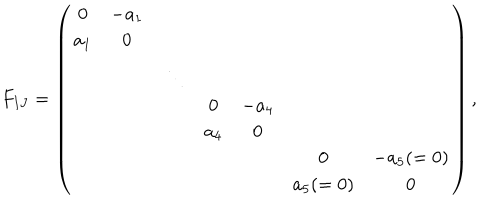
F _ { I J } = \left( \begin{array} { c c c c c c c } { { 0 } } & { { - a _ { 1 } } } & { { } } & { { } } & { { } } & { { } } & { { } } \\ { { a _ { 1 } } } & { { 0 } } & { { } } & { { } } & { { } } & { { } } & { { } } \\ { { } } & { { } } & { { \ddots } } & { { } } & { { } } & { { } } & { { } } \\ { { } } & { { } } & { { } } & { { 0 } } & { { - a _ { 4 } } } & { { } } & { { } } \\ { { } } & { { } } & { { } } & { { a _ { 4 } } } & { { 0 } } & { { } } & { { } } \\ { { } } & { { } } & { { } } & { { } } & { { } } & { { 0 } } & { { - a _ { 5 } ( = 0 ) } } \\ { { } } & { { } } & { { } } & { { } } & { { } } & { { a _ { 5 } ( = 0 ) } } & { { 0 } } \\ \end{array} \right) ,